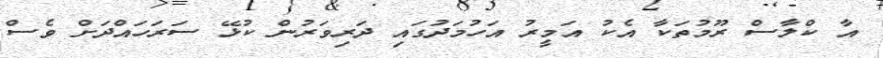
އާ ކްލާސް ރޫމުތަކާ އެކު އަމީރު އަހުމަދުގައި ދަރިވަރުން ކުޅޭ ސަރަހައްދަށް ވެސް